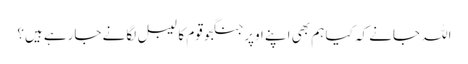
اللہ جانے کہ کیا ہم بھی اپنے اوپر جنگجو قوم کا لیبل لگانے جارہے ہیں؟